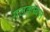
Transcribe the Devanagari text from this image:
गलकम्बल